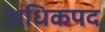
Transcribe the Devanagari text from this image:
अधिकपद